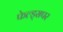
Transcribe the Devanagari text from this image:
फेल्ड्सपर